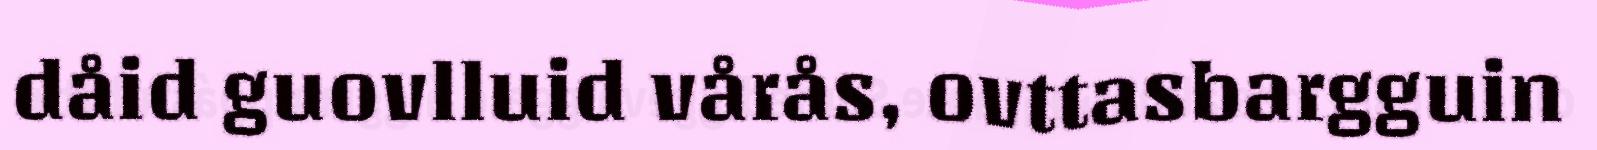
dåid guovlluid vårås, ovttasbargguin